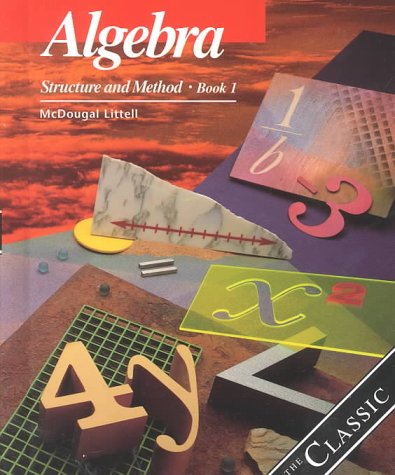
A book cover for Algebra: Structure and Method, Book 1; Richard G. Brown; Science & Math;